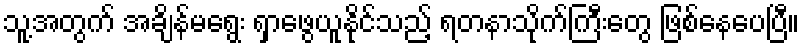
သူ့အတွက် အချိန်မရွေး ရှာဖွေယူနိုင်သည့် ရတနာသိုက်ကြီးတွေ ဖြစ်နေပေပြီ။